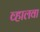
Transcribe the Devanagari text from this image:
व्हालवा